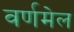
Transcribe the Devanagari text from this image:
वर्णमेल